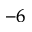
^ { - 6 }